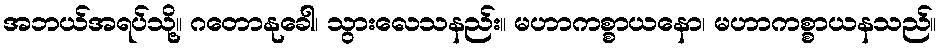
အဘယ်အရပ်သို့။ ဂတောနုခေါ၊ သွားလေသနည်း။ မဟာကစ္စာယနော၊ မဟာကစ္စာယနသည်။